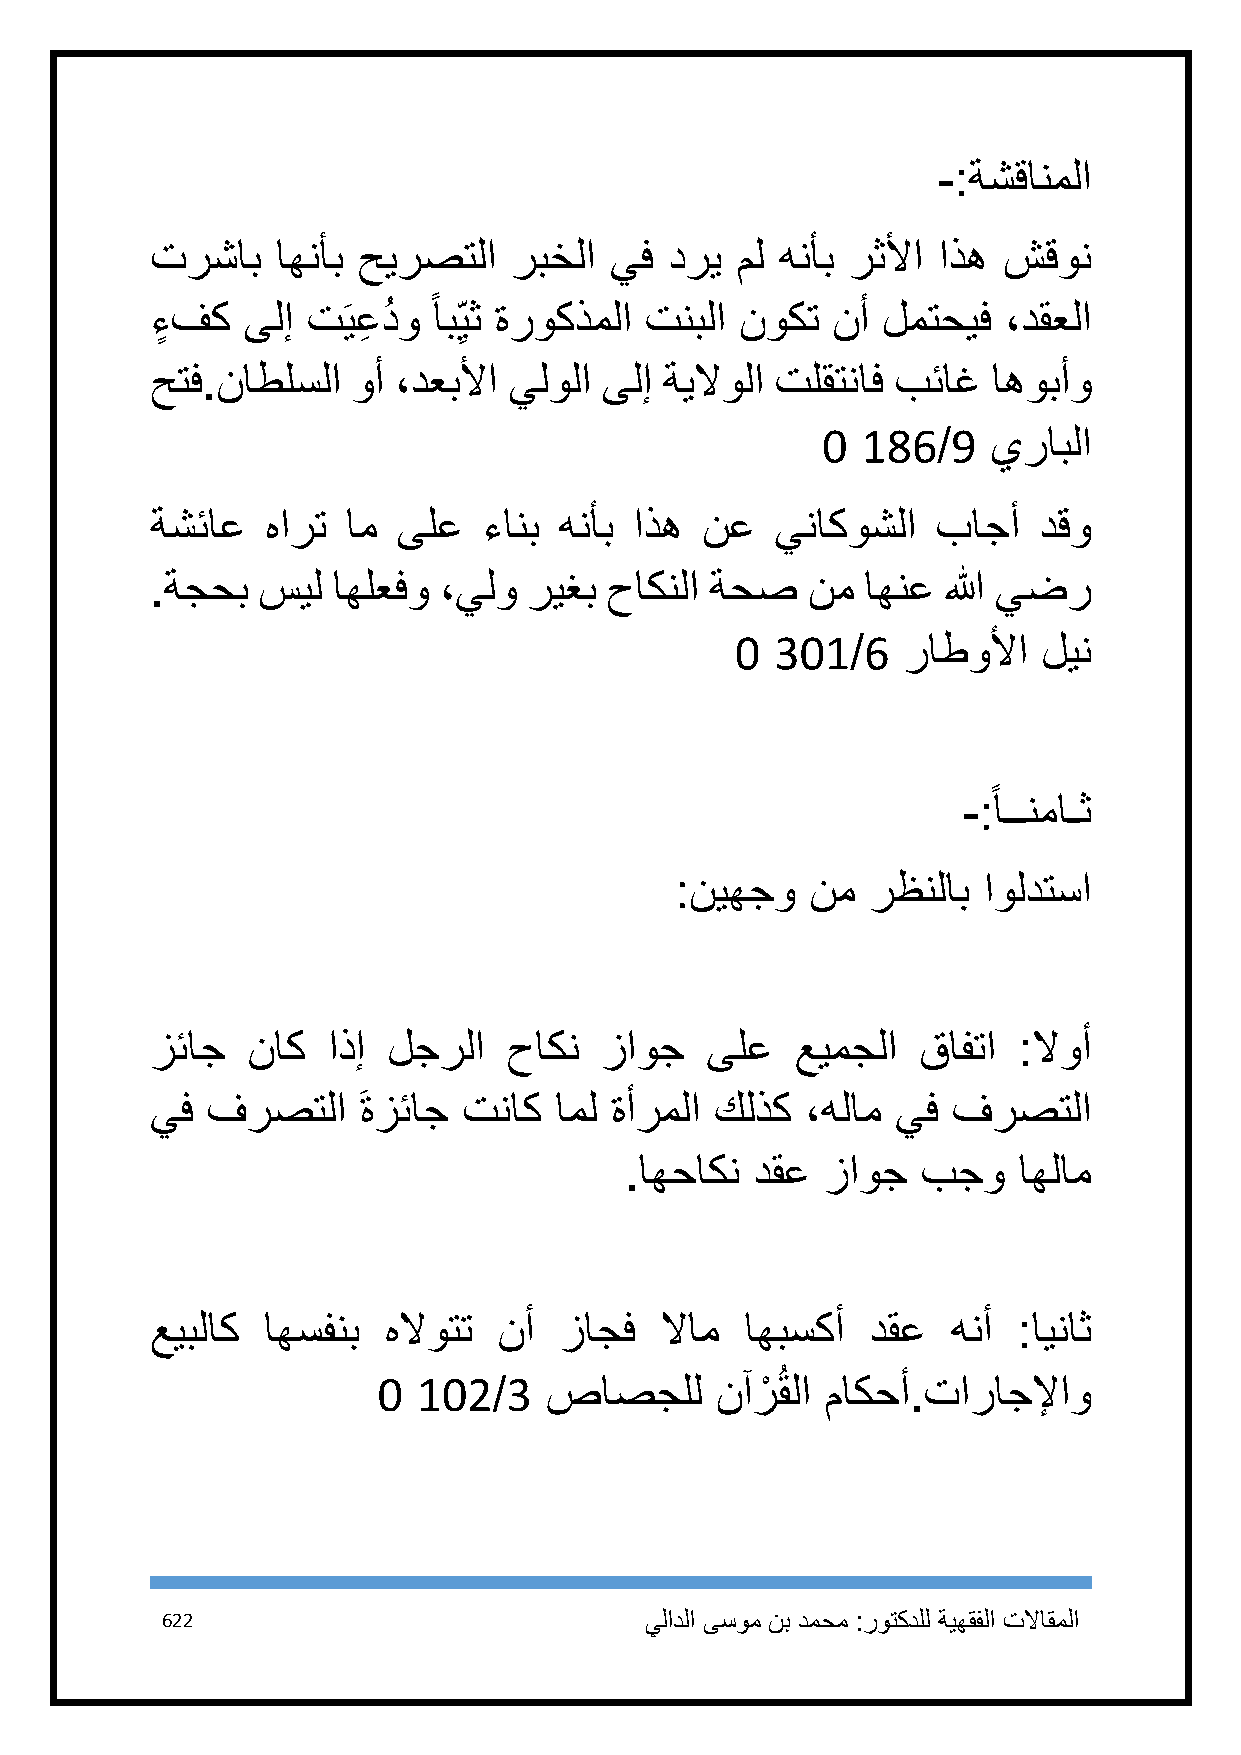
-:ةشقانملا
 ترشاب   اهنأب حيرصتلا   ربخلا يف  دري  مل هنأب رثلأا اذه شقون
 ً
 ءٍ فك ىلإ تَيعِ دُ و اب ِيث ةروكذملا تنبلا نوكت نأ لمتحيف ،دقعلا
 حتف.ناطلسلا  وأ ،دعبلأا يلولا ىلإ ةيلاولا تلقتناف بئاغ  اهوبأو
 1  186/9    يرابلا
 ةشئاع   هارت ام ىلع   ءانب هنأب اذه نع   يناكوشلا   باجأ   دقو
 .ةجحب  سيل  اهلعفو ،يلو  ريغب حاكنلا ةحص   نم  اهنع  الله يضر
 1 311/6    راطولأا  لين
 ً
 -: اــنماـث
 :نيهجو   نم  رظنلاب اولدتسا
 زئاج  ناك   اذإ لجرلا   حاكن  زاوج   ىلع   عيمجلا  قافتا :لاوأ
 يف  فرصتلا    َ ةزئاج تناك امل ةأرملا كلذك ،هلام يف  فرصتلا
 .اهحاكن  دقع  زاوج  بجو   اهلام
 عيبلاك اهسفنب  هلاوتت  نأ  زاجف   لاام اهبسكأ   دقع  هنأ :ايناث
 1  112/3   صاصجلل     نآرْ ُقلا ماكحأ.تاراجلإاو
 622                             يلادلا ىسوم نب دمحم :روتكدلل ةيهقفلا تلااقملا